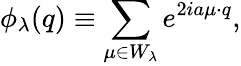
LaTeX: \phi_{\lambda}(q)\equiv\sum_{\mu\in W_{\lambda}}e^{2ia\mu\cdot q},